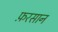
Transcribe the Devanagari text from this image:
फ़रसान